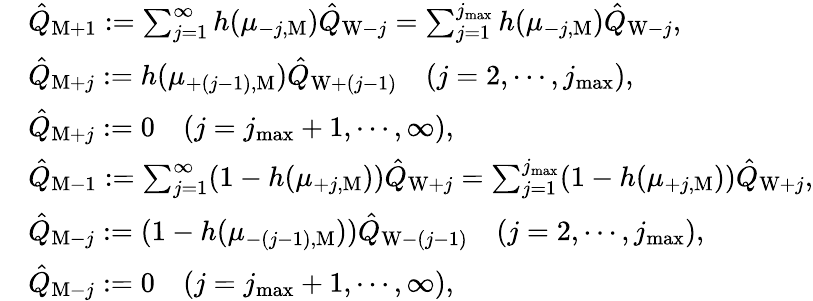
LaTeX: \begin{array}{rl}&{\hat{Q}_{\mathrm{M}+1}:=\sum_{j=1}^{\infty}h(\mu_{-j,\mathrm{M}})\hat{Q}_{\mathrm{W}-j}=\sum_{j=1}^{j_{\operatorname*{max}}}h(\mu_{-j,\mathrm{M}})\hat{Q}_{\mathrm{W}-j},}\\ &{\hat{Q}_{\mathrm{M}+j}:=h(\mu_{+(j-1),\mathrm{M}})\hat{Q}_{\mathrm{W}+(j-1)}\quad(j=2,\cdots,j_{\operatorname*{max}}),}\\ &{\hat{Q}_{\mathrm{M}+j}:=0\quad(j=j_{\operatorname*{max}}+1,\cdots,\infty),}\\ &{\hat{Q}_{\mathrm{M}-1}:=\sum_{j=1}^{\infty}(1-h(\mu_{+j,\mathrm{M}}))\hat{Q}_{\mathrm{W}+j}=\sum_{j=1}^{j_{\operatorname*{max}}}(1-h(\mu_{+j,\mathrm{M}}))\hat{Q}_{\mathrm{W}+j},}\\ &{\hat{Q}_{\mathrm{M}-j}:=(1-h(\mu_{-(j-1),\mathrm{M}}))\hat{Q}_{\mathrm{W}-(j-1)}\quad(j=2,\cdots,j_{\operatorname*{max}}),}\\ &{\hat{Q}_{\mathrm{M}-j}:=0\quad(j=j_{\operatorname*{max}}+1,\cdots,\infty),}\end{array}